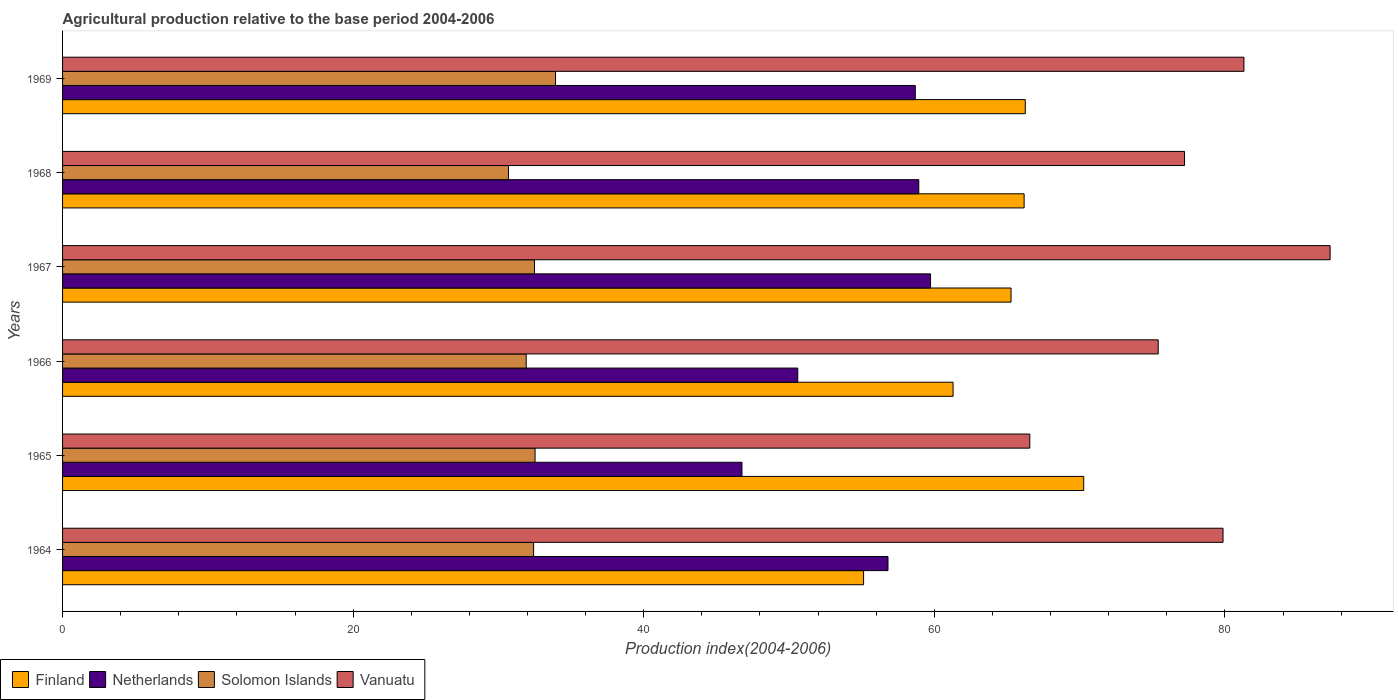
| Years | Finland | Netherlands | Solomon Islands | Vanuatu |
 | --- | --- | --- | --- | --- |
 | 1964 | 55.1 | 56.8 | 32.4 | 79.9 |
 | 1965 | 70.3 | 46.8 | 32.5 | 66.6 |
 | 1966 | 61.3 | 50.6 | 31.9 | 75.4 |
 | 1967 | 65.3 | 59.7 | 32.5 | 87.2 |
 | 1968 | 66.2 | 58.9 | 30.7 | 77.2 |
 | 1969 | 66.3 | 58.7 | 33.9 | 81.3 |